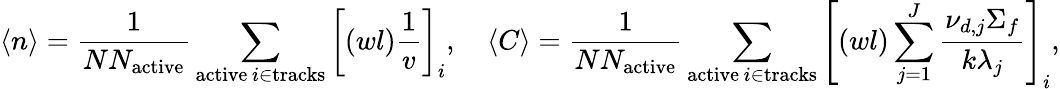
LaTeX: \langle n\rangle=\frac{1}{NN_{\mathrm{active}}}\sum_{\substack{\mathrm{active}\, i\in\mathrm{tracks}}}\left[(wl)\frac{1}{v}\right]_{i},\quad\langle C\rangle=\frac{1}{NN_{\mathrm{active}}}\sum_{\substack{\mathrm{active}\, i\in\mathrm{tracks}}}\left[(wl)\sum_{j=1}^{J}\frac{\nu_{d,j}\Sigma_{f}}{k\lambda_{j}}\right]_{i},